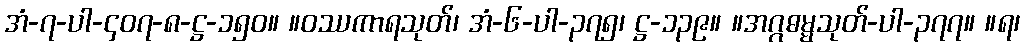
အံ-၇-ပါ-၄၀၇-၈-ဋ္ဌ-၁၅၀။ ။ဝဿကာရသုတ်၊ အံ-၆-ပါ-၃၇၅၊ ဋ္ဌ-၁၃၉။ ။အဂ္ဂဓမ္မသုတ်-ပါ-၃၇၇။ ။ရ၊